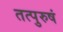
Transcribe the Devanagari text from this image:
तत्पुरुषं